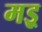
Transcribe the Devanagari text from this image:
मइ्र